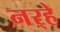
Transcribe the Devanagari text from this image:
नर्‍हे